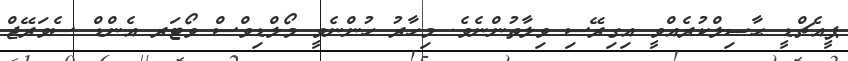
ޕީއެޗްޑީ ޙާޞިލްކުރެއްވީ އިގިރޭސި ވިލާތުންނެވެ. މިހާރު ހުންނެވީ މޯލްޑިވްސް ވޯޓަރ އެންޑް ސެވަރޭޖް